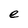
Character: e